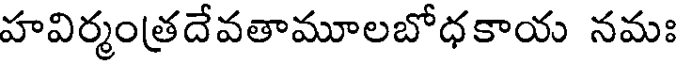
హవిర్మంత్రదేవతామూలబోధకాయ నమః